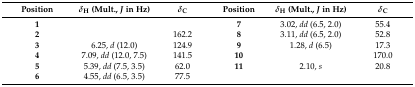
<table><thead><tr><td><b>Position</b></td><td><b><i>δ</i><sub>H</sub> (mult., <i>J</i> in Hz)</b></td><td><b><i>δ</i><sub>C</sub></b></td><td><b>Position</b></td><td><b><i>δ</i><sub>H</sub> (mult., <i>J</i> in Hz)</b></td><td><b><i>δ</i><sub>C</sub></b></td></tr></thead><tbody><tr><td><b>1</b></td><td></td><td></td><td><b>7</b></td><td>3.02, <i>dd</i> (6.5, 2.0)</td><td>55.4</td></tr><tr><td><b>2</b></td><td></td><td>162.2</td><td><b>8</b></td><td>3.11, <i>dd</i> (6.5, 2.0)</td><td>52.8</td></tr><tr><td><b>3</b></td><td>6.25, <i>d</i> (12.0)</td><td>124.9</td><td><b>9</b></td><td>1.28, <i>d</i> (6.5)</td><td>17.3</td></tr><tr><td><b>4</b></td><td>7.09, <i>dd</i> (12.0, 7.5)</td><td>141.5</td><td><b>10</b></td><td></td><td>170.0</td></tr><tr><td><b>5</b></td><td>5.39, <i>dd</i> (7.5, 3.5)</td><td>62.0</td><td><b>11</b></td><td>2.10, <i>s</i></td><td>20.8</td></tr><tr><td><b>6</b></td><td>4.55, <i>dd</i> (6.5, 3.5)</td><td>77.5</td><td></td><td></td><td></td></tr></tbody></table>